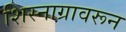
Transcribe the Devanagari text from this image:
शिस्नाग्रावरून